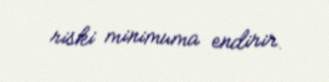
riski minimuma endirir.